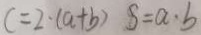
c = 2 \cdot ( a + b ) s = a \cdot b